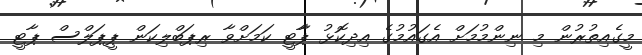
މީގެއިތުރުން މި ނިންމުމަށް އެގައުމުގެ އިދިކޮޅު ޕާާޓީ ކަމަށްވާ ރިޕަބްލިކަން ޕީޕަލްސް ޕާޓީ